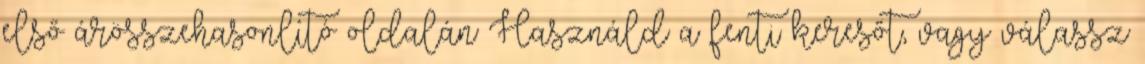
első árösszehasonlító oldalán Használd a fenti keresőt, vagy válassz